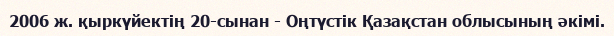
2006 ж. қыркүйектің 20-сынан - Оңтүстік Қазақстан облысының әкімі.